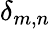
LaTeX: \delta_{m,n}